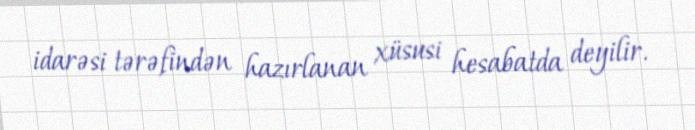
idarəsi tərəfindən hazırlanan xüsusi hesabatda deyilir.